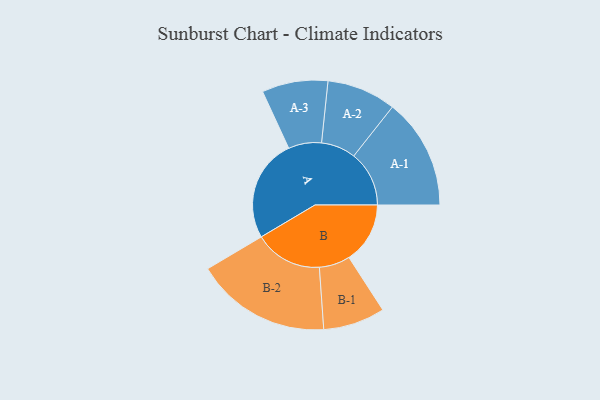
{"axis": {"x": "Segment", "y": "Value"}, "legend": ["", "A", "B"], "data": [{"x": "A", "y": 445, "type": ""}, {"x": "B", "y": 265, "type": ""}, {"x": "A-1", "y": 240, "type": "A"}, {"x": "A-2", "y": 150, "type": "A"}, {"x": "A-3", "y": 143, "type": "A"}, {"x": "B-1", "y": 134, "type": "B"}, {"x": "B-2", "y": 294, "type": "B"}]}